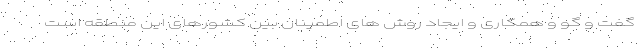
گفت و گو و همکاری و ایجاد روش های اطمینان بین کشورهای این منطقه است